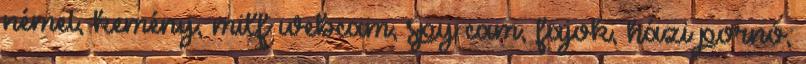
német, kemény, milf webcam, spy cam, fajok, házi pornó,